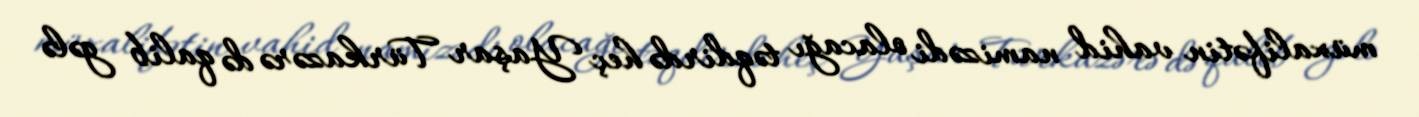
müxalifətin vahid namizədi olacağı təqdirdə heç Yaşar Türkazərə də qalib gələ